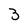
Character: 3